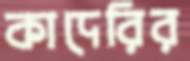
কাদেরির